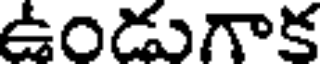
ఉండుగాక